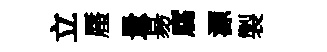
立蜃量昜腐源製